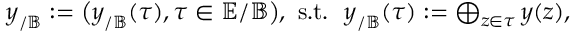
\begin{array} { r } { \boldsymbol { y } _ { / \mathbb { B } } : = \big ( \boldsymbol { y } _ { / \mathbb { B } } ( \boldsymbol { \tau } ) , \boldsymbol { \tau } \in \mathbb { E } / \mathbb { B } \big ) , \mathrm { ~ s . t . ~ ~ } \boldsymbol { y } _ { / \mathbb { B } } ( \boldsymbol { \tau } ) : = \bigoplus _ { \boldsymbol { z } \in \boldsymbol { \tau } } \boldsymbol { y } ( \boldsymbol { z } ) , } \end{array}